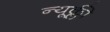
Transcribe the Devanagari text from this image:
न्यूक्ली